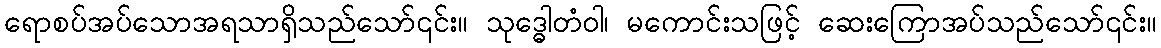
ရောစပ်အပ်သောအရသာရှိသည်သော်၎င်း။ သုဒ္ဓေါတံဝါ၊ မကောင်းသဖြင့် ဆေးကြောအပ်သည်သော်၎င်း။